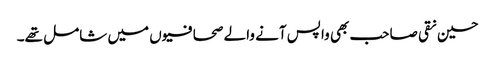
حسین نقی صاحب بھی واپس آنے والے صحافیوں میں شامل تھے۔